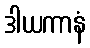
ဒါယကာနံ